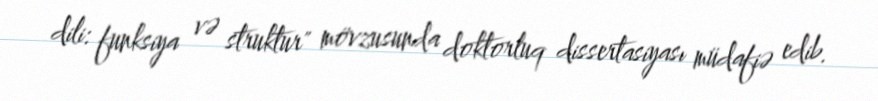
dili: funksiya və struktur" mövzusunda doktorluq dissertasiyası müdafiə edib.